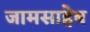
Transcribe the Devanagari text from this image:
जामसाहेब